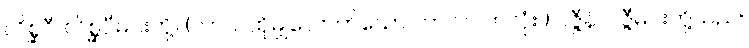
လိစ္ဆဝီ၊ လိစ္ဆဝီမင်းတို့။ (တာဝ၊ ထိုမျှလောက်သော ကာလပတ်လုံး။) ဝဇ္ဇီနံ၊ ဝဇ္ဇီမင်းတို့သည်။